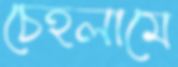
চেহলামে